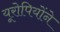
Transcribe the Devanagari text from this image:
यूरोपियोंने